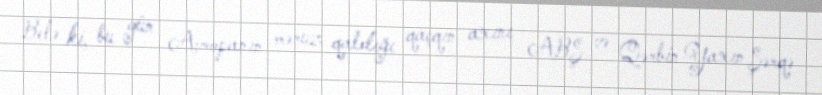
Belə ki, bu gün Avropanın məruz qaldığı qaçqın axını ABŞ və Qərbin Yaxın Şərqə